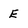
Character: E